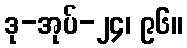
ဒု-အုပ်-၂၄၊ ၉၆။